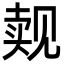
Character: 觌